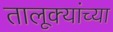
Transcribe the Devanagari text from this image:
तालूक्यांच्या